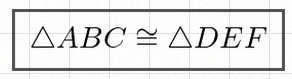
\triangle ABC\cong\triangle DEF